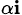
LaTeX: _{\alpha\mathbf{i}}